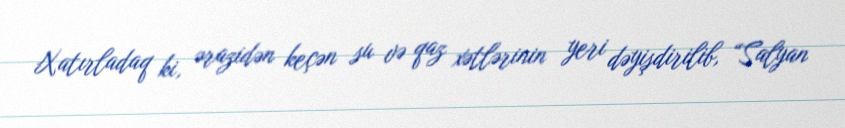
Xatırladaq ki, ərazidən keçən su və qaz xətlərinin yeri dəyişdirilib, “Salyan